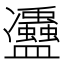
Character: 𠘦